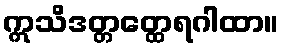
ဣသိဒတ္တတ္ထေရဂါထာ။